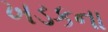
ખડકના